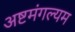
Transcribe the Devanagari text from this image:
अष्टमंगल्यम